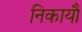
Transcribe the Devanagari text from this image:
निकायौं